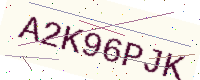
Text: A2K96PJK